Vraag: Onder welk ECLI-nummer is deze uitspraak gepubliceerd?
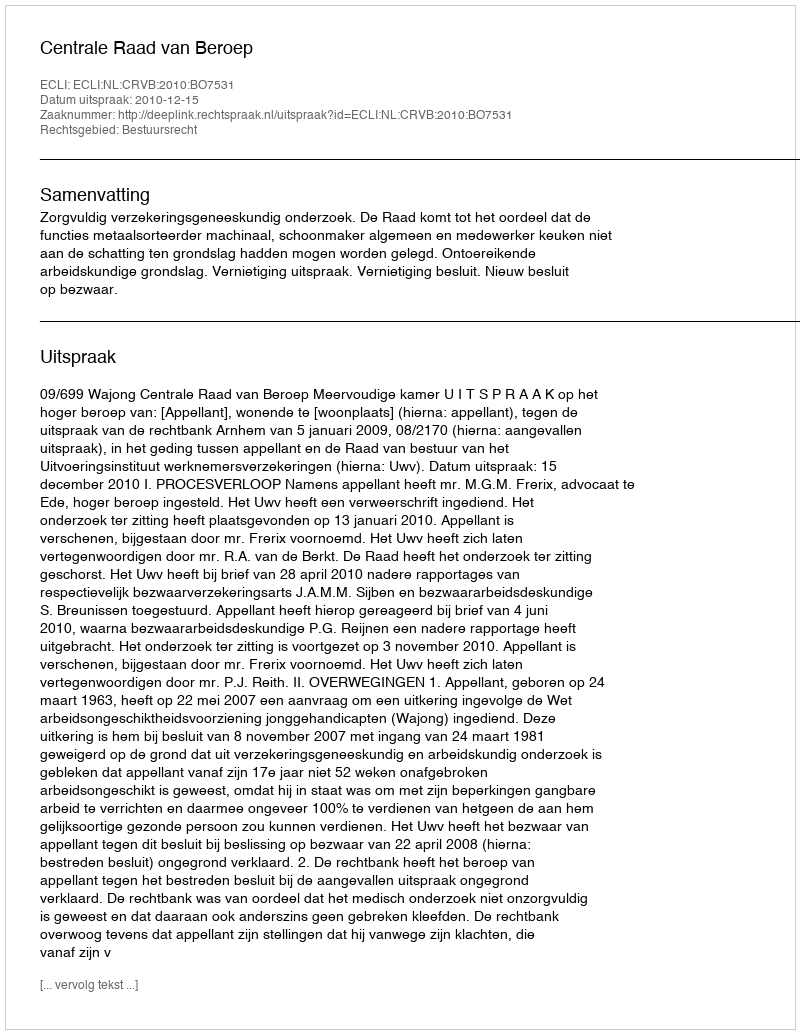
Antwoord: ECLI:NL:CRVB:2010:BO7531